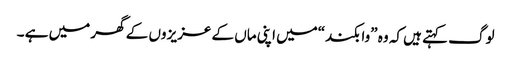
لوگ کہتے ہیں کہ وہ ”وا بکند“میں اپنی ماں کے عزیز وں کے گھر میں ہے ۔